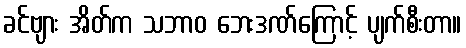
ခင်ဗျား အိတ်က သဘာဝ ဘေးဒဏ်ကြောင့် ပျက်စီးတာ။